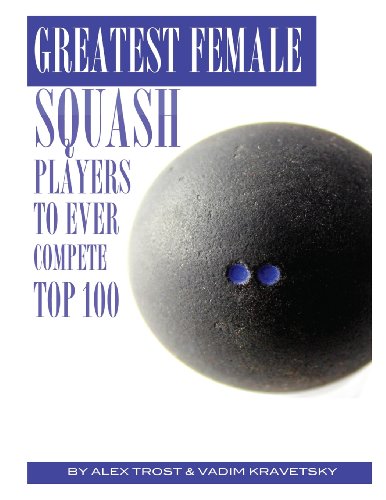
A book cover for Greatest Female Squash Players to Ever Compete: Top 100; Alex Trost; Sports & Outdoors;